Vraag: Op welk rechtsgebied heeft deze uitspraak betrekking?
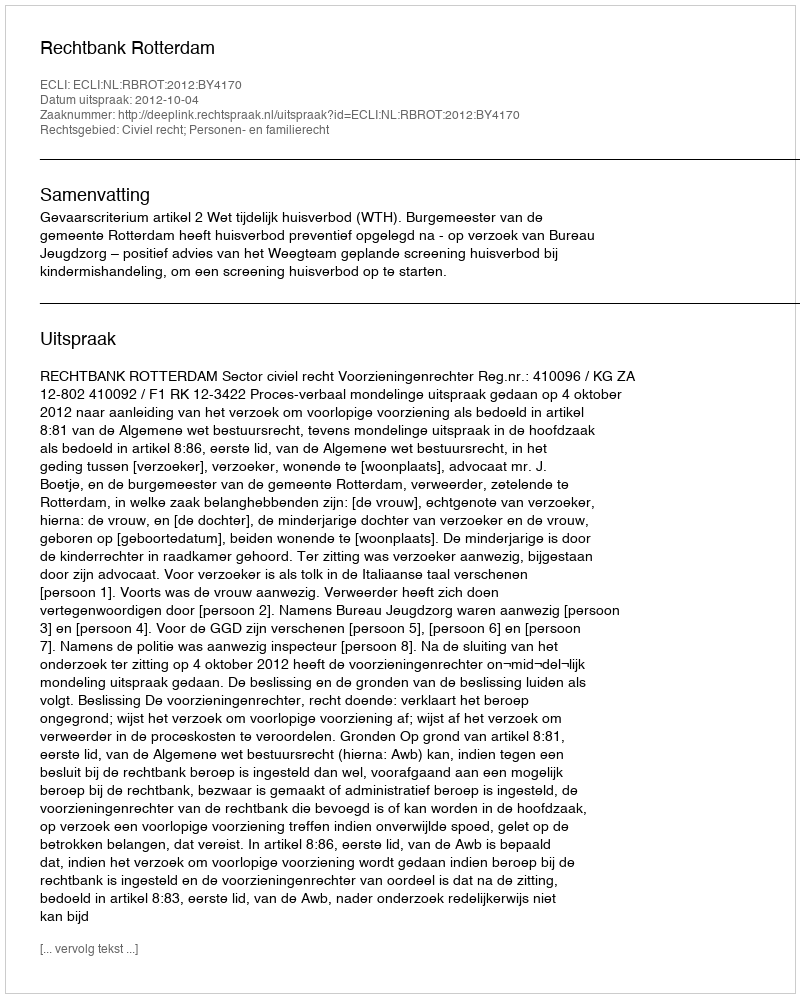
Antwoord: Civiel recht; Personen- en familierecht